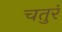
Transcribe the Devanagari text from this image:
चतुरं